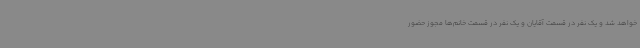
خواهد شد و یک نفر در قسمت آقایان و یک نفر در قسمت خانم‌ها مجوز حضور